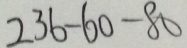
2 6 0 - 6 0 - 8 0